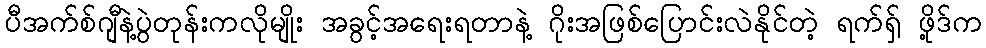
ပီအက်စ်ဂျီနဲ့ပွဲတုန်းကလိုမျိုး အခွင့်အရေးရတာနဲ့ ဂိုးအဖြစ်ပြောင်းလဲနိုင်တဲ့ ရက်ရှ် ဖို့ဒ်က